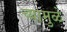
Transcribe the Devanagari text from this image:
च्यामुळे